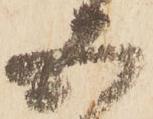
五